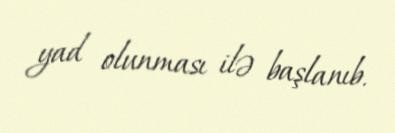
yad olunması ilə başlanıb.